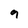
Character: 9